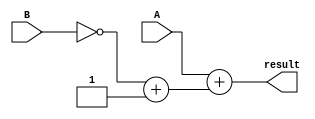
module subtractor(
    input [3:0] A,
    input [3:0] B,
    output reg [3:0] result
);

wire [3:0] negB;
wire [3:0] borrow;
wire overflow;

assign negB = ~B + 1;

assign borrow[0] = ~A[0] & B[0];
assign borrow[1] = (~A[1] & B[1]) | (borrow[0] & B[0]);
assign borrow[2] = (~A[2] & B[2]) | (borrow[1] & B[1]);
assign borrow[3] = (~A[3] & B[3]) | (borrow[2] & B[2]);

assign overflow = borrow[3];

assign result = A + negB;

endmodule